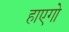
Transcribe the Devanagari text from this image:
हाएगो